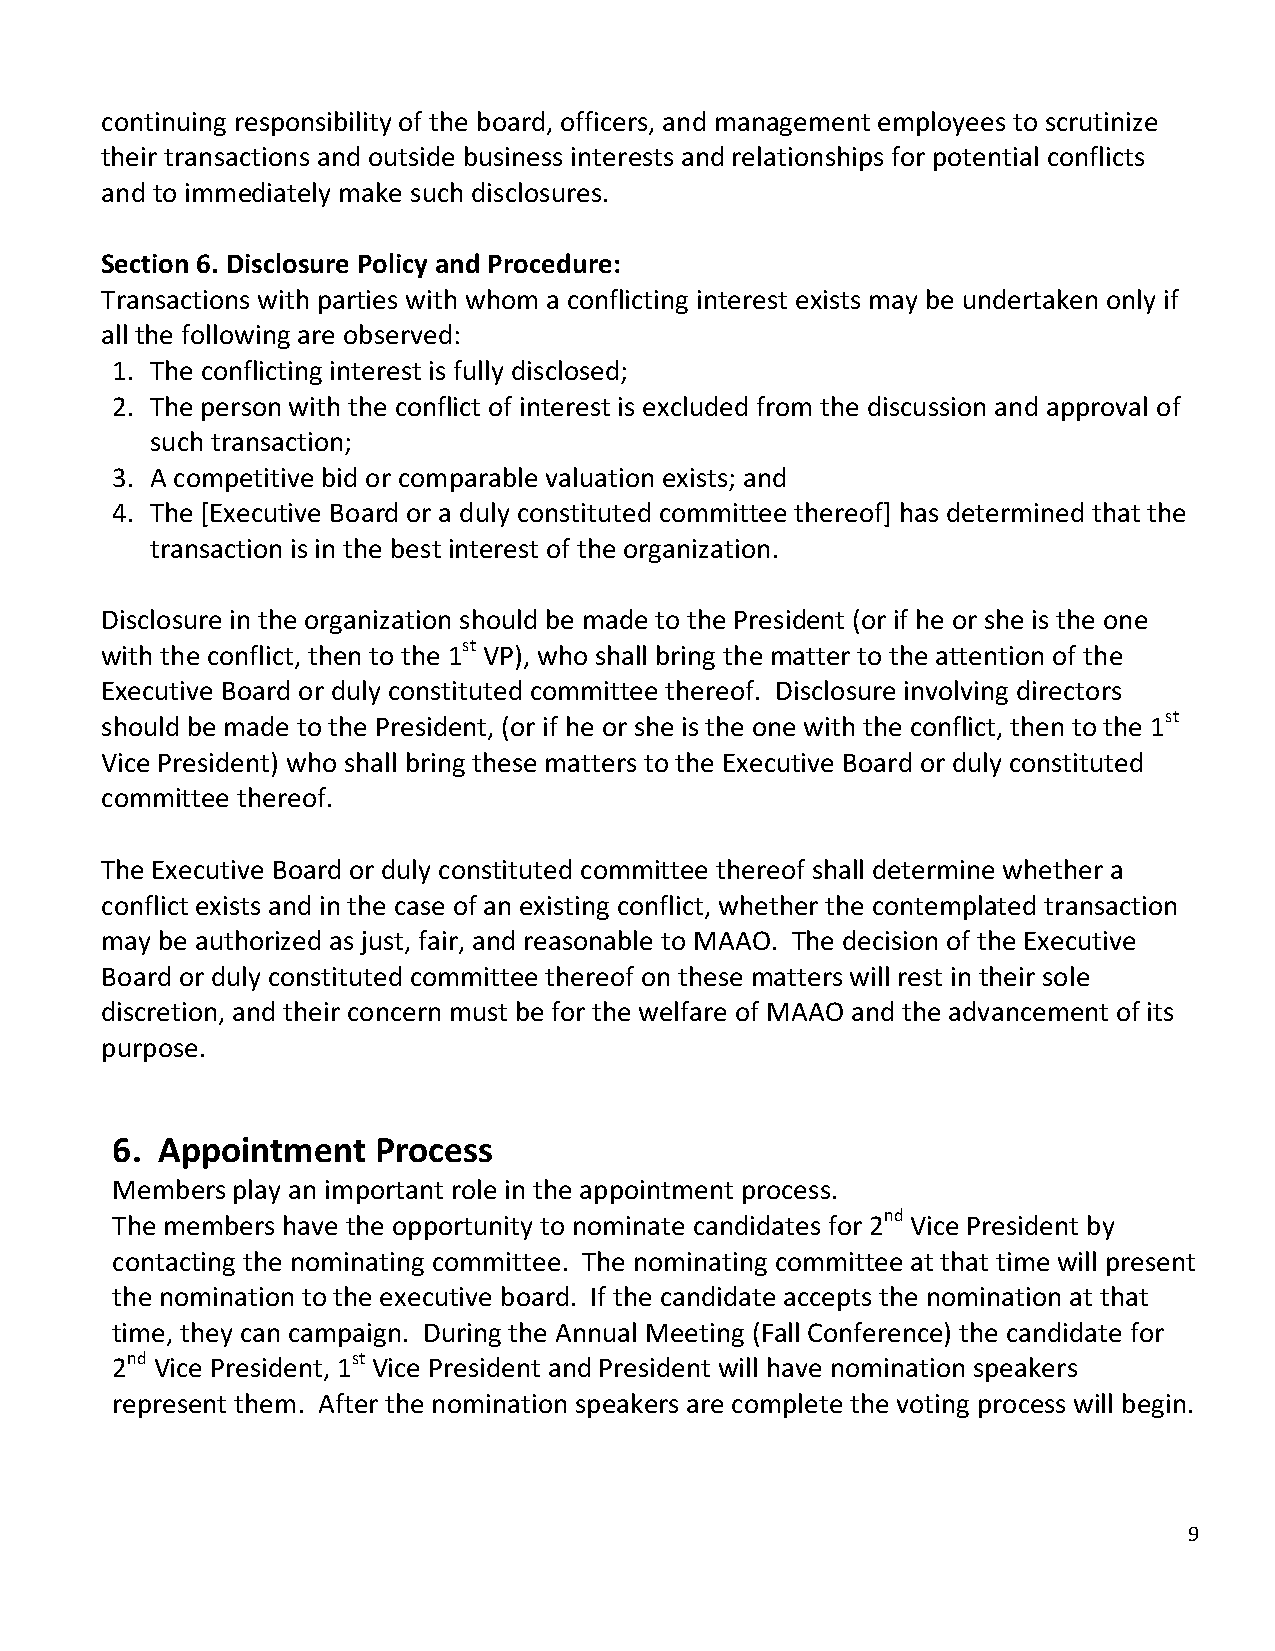
continuing responsibility of the board, officers, and management employees to scrutinize
 their transactions and outside business interests and relationships for potential conflicts
 and to immediately make such disclosures.
 Section 6. Disclosure Policy and Procedure:
 Transactions with parties with whom a conflicting interest exists may be undertaken only if
 all the following are observed:
 1. The conflicting interest is fully disclosed;
 2. The person with the conflict of interest is excluded from the discussion and approval of
 such transaction;
 3. A competitive bid or comparable valuation exists; and
 4. The [Executive Board or a duly constituted committee thereof] has determined that the
 transaction is in the best interest of the organization.
 Disclosure in the organization should be made to the President (or if he or she is the one
 with the conflict, then to the 1st VP), who shall bring the matter to the attention of the
 Executive Board or duly constituted committee thereof. Disclosure involving directors
 should be made to the President, (or if he or she is the one with the conflict, then to the 1st
 Vice President) who shall bring these matters to the Executive Board or duly constituted
 committee thereof.
 The Executive Board or duly constituted committee thereof shall determine whether a
 conflict exists and in the case of an existing conflict, whether the contemplated transaction
 may be authorized as just, fair, and reasonable to MAAO. The decision of the Executive
 Board or duly constituted committee thereof on these matters will rest in their sole
 discretion, and their concern must be for the welfare of MAAO and the advancement of its
 purpose.
 6. Appointment    Process
 Members play an important role in the appointment process.
 The members have the opportunity to nominate candidates for 2nd Vice President by
 contacting the nominating committee. The nominating committee at that time will present
 the nomination to the executive board. If the candidate accepts the nomination at that
 time, they can campaign. During the Annual Meeting (Fall Conference) the candidate for
 2nd Vice President, 1st Vice President and President will have nomination speakers
 represent them. After the nomination speakers are complete the voting process will begin.
 9